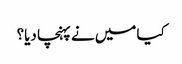
کیا میں نے پہنچا دیا؟